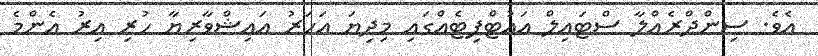
އެވެ. ސިންދްރެއްލާ ސްޓައިލް އައުޓްފިޓެއްގައި މިދިޔަ އަހަރު އައިޝްވާރިޔާ ހުރި އިރު އެންމެ